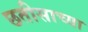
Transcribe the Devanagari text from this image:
छतीसाच्या